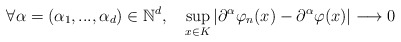
\begin{align*} \forall \alpha = (\alpha_1,...,\alpha_d) \in \mathbb{N}^d, \ \ \ \sup_{x\in K}|\partial^{\alpha}\varphi_n(x) - \partial^{\alpha}\varphi(x)| \longrightarrow 0\end{align*}